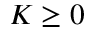
K \geq 0